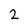
Character: 2